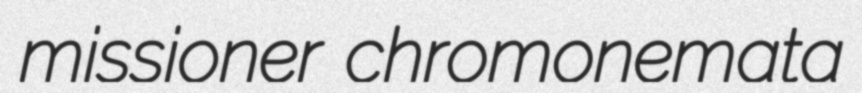
missioner chromonemata